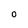
Character: O